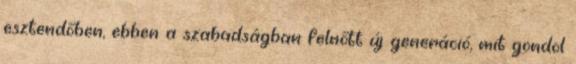
esztendőben, ebben a szabadságban felnőtt új generáció, mit gondol